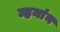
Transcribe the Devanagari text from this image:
म्हनांन